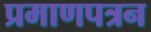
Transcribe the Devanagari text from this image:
प्रमाणपत्रन